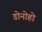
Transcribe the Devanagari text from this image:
डोनोहो